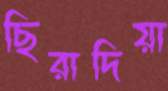
ছিরাদিয়া